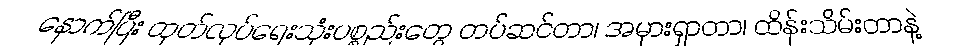
နောက်ပြီး ထုတ်လုပ်ရေးသုံးပစ္စည်းတွေ တပ်ဆင်တာ၊ အမှားရှာတာ၊ ထိန်းသိမ်းတာနဲ့